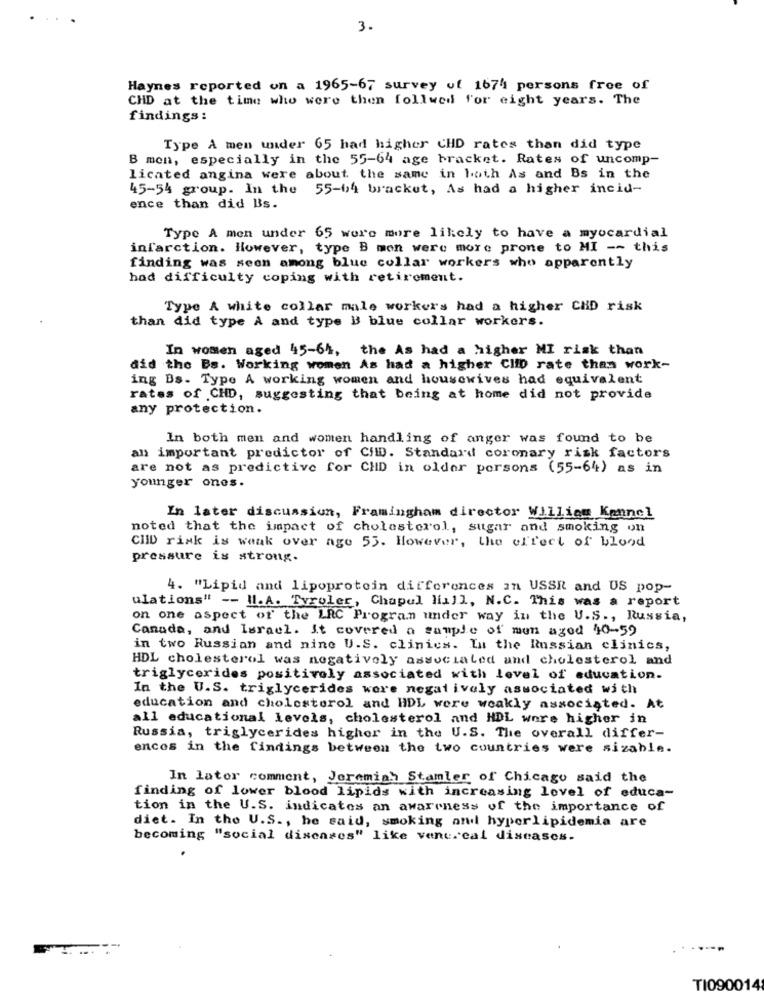
3.
Haynes reported on a 1965-67 survey of 1674 persons free of
CHD at the time who were then followed for eight years. The
findings :
Type A men under 65 had higher CHD rates than did type
B mon, especially in the 55-64 age bracket. Rates of uncomp-
licated angina were about the same in both As and Bs in the
45-54 group. In the 55-04 bracket, As had a higher incid-
ence than did Bs.
Type A men under 65 were more likely to have a myocardial
infarction. However, type B mon were more prone to MI -- this
finding was seen among blue collar workers who apparently
had difficulty coping with retirement.
Type A white collar male workers had a higher CHD risk
than did type A and type B blue collar workers.
In women aged 45-64,
the As had a higher MI risk than
did the Bs. Working women As had a higher Clip rate than work-
ing Bs. Type A working women and housewives had equivalent
rates of CHD, suggesting that being at home did not provide
any protection.
In both men and women handling of anger was found to be
an important predictor of CID. Standard coronary risk factors
are not as predictive for CHD in older persons (55-64) as in
younger ones.
In later discussion, Framingham director William Kennel
noted that the impact of cholesterol, sugar and smoking on
CHID risk is weak over age 55. However, the effect of blood
pressure is strong.
4. "Lipid and lipoprotein differences in USSR and US pop-
ulations" -- I.A. Tyroler, Chapel Hill, N.C. This was a report
on one aspect of the LRC Program under way in the U.S ., Russia,
Canada, and Israel. It covered a sample of men agod 40-59
in two Russian and nine U.S. clinics. In the Russian clinics,
HDL cholesterol was negatively associated and cholesterol and
triglycerides positively associated with level of education.
In the U.S. triglycerides wore negatively associated with
education and cholesterol and HDL were weakly associated. At
all educational levels, cholesterol and HDL were higher in
Russia, triglycerides higher in the U.S. The overall differ-
ences in the findings between the two countries were sizable.
In lator comment, Jeremiah Stamler of Chicago said the
finding of lower blood lipids with increasing level of educa-
tion in the U.S. indicates an awareness of the importance of
diet. In the U.S ., he said, smoking and hyperlipidemia are
becoming "social diseases" like venc.cal diseases.
TI090014